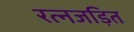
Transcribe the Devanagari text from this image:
रत्नजड़ित